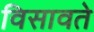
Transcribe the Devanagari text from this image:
विसावते